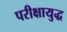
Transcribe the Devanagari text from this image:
परीक्षायुद्ध